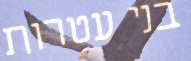
בני עטרות